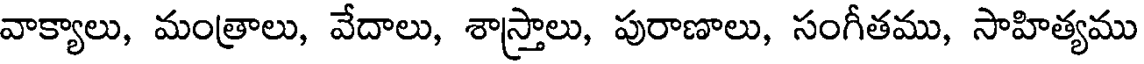
వాక్యాలు, మంత్రాలు, వేదాలు, శాస్త్రాలు, పురాణాలు, సంగీతము, సాహిత్యము